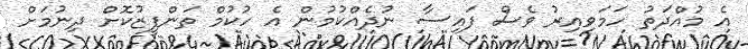
އެ މުއްދަތު ހަމަވިއިރު ވެސް ފައިސާ ނުދެއްކުމުން އެ ހުކުމް ތަންފީޒުކޮށް ދިނުމަށް